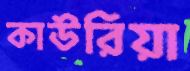
কাউরিয়া